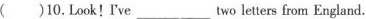
( )10.Look! I've___two letters from England.